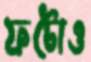
ফটোও